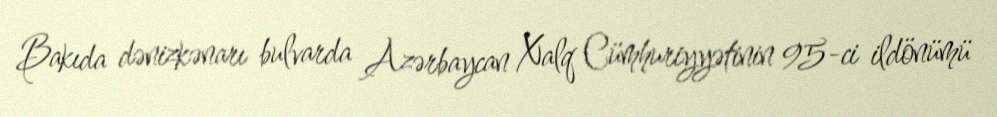
Bakıda dənizkənarı bulvarda Azərbaycan Xalq Cümhuriyyətinin 95-ci ildönümü